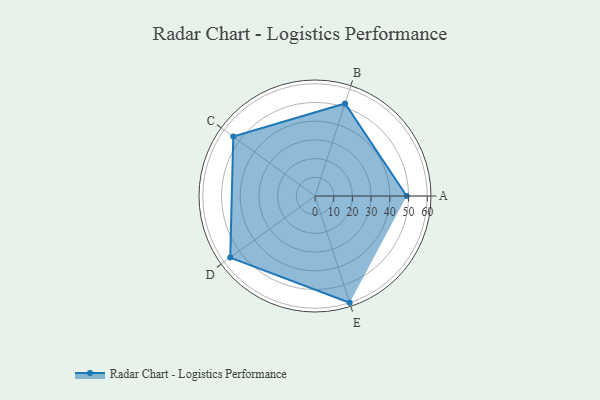
{"axis": {"x": "Skill", "y": "Score"}, "legend": ["Profile"], "data": [{"x": "A", "y": 49.0, "type": "Profile"}, {"x": "B", "y": 52.0, "type": "Profile"}, {"x": "C", "y": 54.0, "type": "Profile"}, {"x": "D", "y": 56.0, "type": "Profile"}, {"x": "E", "y": 60.0, "type": "Profile"}]}